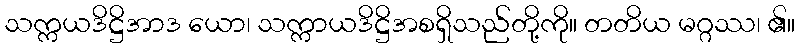
သက္ကယဒိဋ္ဌိအာဒ ယော၊ သက္ကာယဒိဋ္ဌိအစရှိသည်တို့ကို။ တတိယ မဂ္ဂဿ၊ ၏။